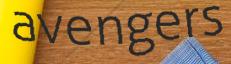
avengers